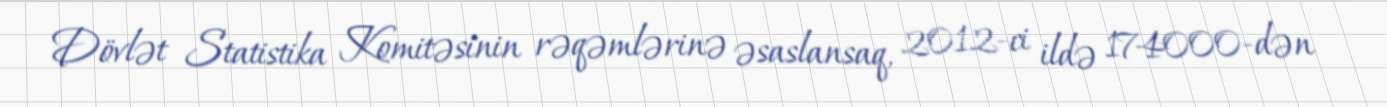
Dövlət Statistika Komitəsinin rəqəmlərinə əsaslansaq, 2012-ci ildə 174000-dən